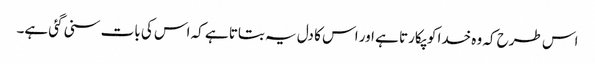
اس طرح کہ وہ خدا کو پکارتا ہے اور اس کا دل یہ بتاتا ہے کہ اس کی بات سنی گئی ہے۔